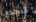
لتحدي